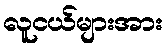
လူငယ်များအား